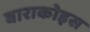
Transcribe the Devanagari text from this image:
बाराकोइस